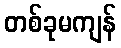
တစ်ခုမကျန်